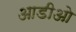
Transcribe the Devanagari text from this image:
आडीओ